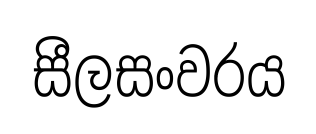
සීලසංවරය